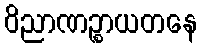
ဝိညာဏဉ္စာယတနေ